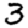
Digit: 3